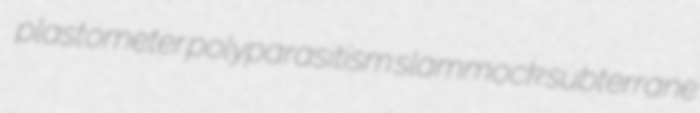
plastometer polyparasitism slammock subterrane